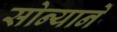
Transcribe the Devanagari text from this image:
सोन्यानें